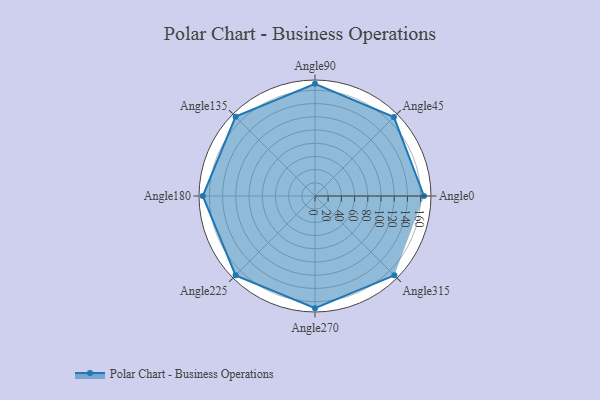
{"axis": {"x": "Angle", "y": "Radius"}, "legend": [""], "data": [{"x": "Angle0", "y": 165.0, "type": ""}, {"x": "Angle45", "y": 169.0, "type": ""}, {"x": "Angle90", "y": 170, "type": ""}, {"x": "Angle135", "y": 170, "type": ""}, {"x": "Angle180", "y": 170, "type": ""}, {"x": "Angle225", "y": 170, "type": ""}, {"x": "Angle270", "y": 170, "type": ""}, {"x": "Angle315", "y": 170, "type": ""}]}